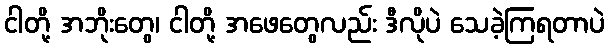
ငါတို့ အဘိုးတွေ၊ ငါတို့ အဖေတွေလည်း ဒီလိုပဲ သေခဲ့ကြရတာပဲ